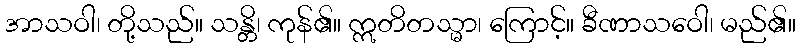
အာသဝါ၊ တို့သည်။ သန္တိ၊ ကုန်၏။ ဣတိတသ္မာ၊ ကြောင့်။ ခီဏာသဝေါ၊ မည်၏။